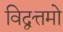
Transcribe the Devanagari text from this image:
विद्वत्तमो